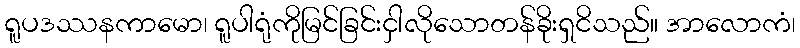
ရူပဒဿနကာမော၊ ရူပါရုံကိုမြင်ခြင်းငှါလိုသောတန်ခိုးရှငိသည်။ အာလောကံ၊